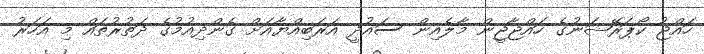
ހައްޖު ކޯޕަރޭޝަނުގެ ހައްޖާޖީން މާލެއިން ސައުދީ އަރަބިއްޔާއަށް ގެންދިއުމުގެ ދަތުރުތައް މި އަހަރު